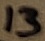
Text: 13